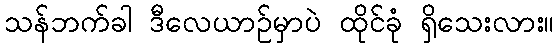
သန်ဘက်ခါ ဒီလေယာဉ်မှာပဲ ထိုင်ခုံ ရှိသေးလား။